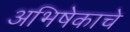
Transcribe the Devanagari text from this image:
अभिषेकाचे